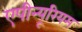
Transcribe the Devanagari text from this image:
एपीन्यूरियम